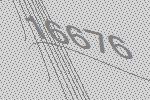
16676